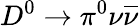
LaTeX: D^{0}\to\pi^{0}\nu\overline{{\nu}}